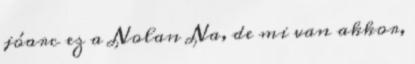
jóarc ez a Nolan Na, de mi van akkor,